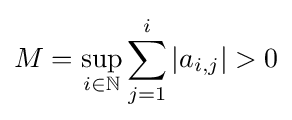
M=\sup _{i\in \mathbb {N} }\sum _{j=1}^{i}\vert a_{i,j}\vert >0